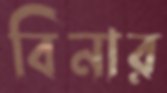
বিনার